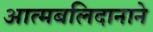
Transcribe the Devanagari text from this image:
आत्मबलिदानाने